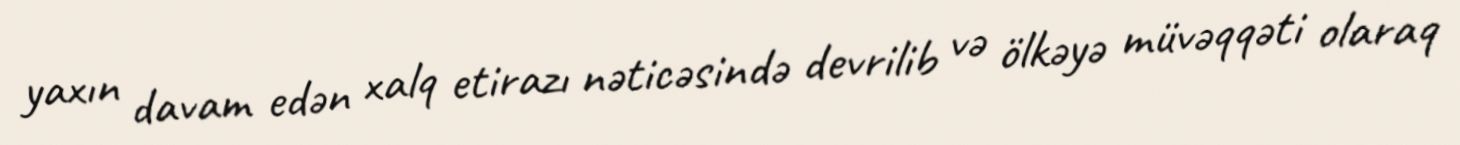
yaxın davam edən xalq etirazı nəticəsində devrilib və ölkəyə müvəqqəti olaraq